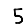
Digit: 5